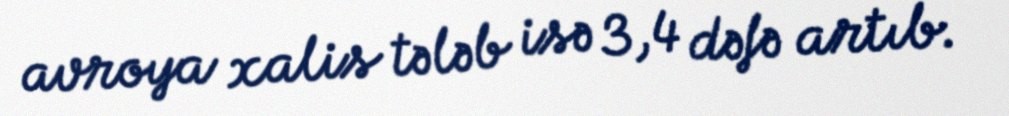
avroya xalis tələb isə 3,4 dəfə artıb.